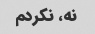
نه، نکردم